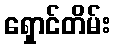
ရှောင်တိမ်း